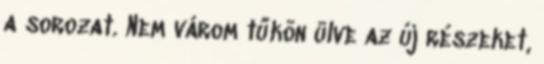
a sorozat. Nem várom tűkön ülve az új részeket,